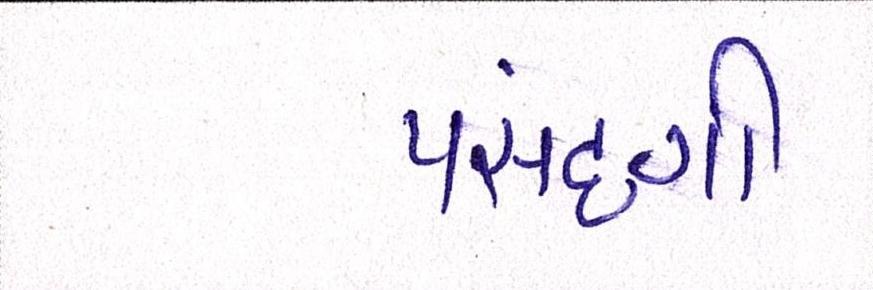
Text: પસંદગી